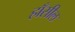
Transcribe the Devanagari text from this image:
हाँसील